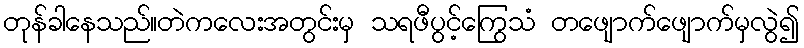
တုန်ခါနေသည်။တဲကလေးအတွင်းမှ သရဖီပွင့်ကြွေသံ တဖျောက်ဖျောက်မှလွဲ၍